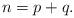
LaTeX: \begin{align*} n = p+q.\end{align*}